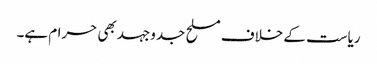
ریاست کے خلاف مسلح جدوجہد بھی حرام ہے۔